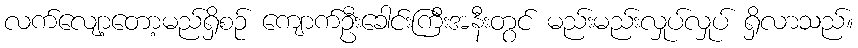
လက်လျော့တော့မည်ရှိစဉ် ကျောက်ဦးခေါင်းကြီးအနီးတွင် မည်းမည်းလှုပ်လှုပ် ရှိလာသည်။